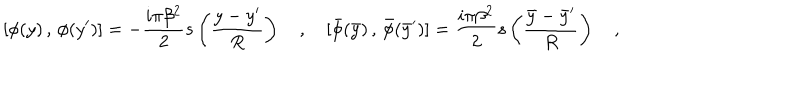
LaTeX: [ \phi ( y ) \, , \, \phi ( y ^ { \prime } ) ] = - { \frac { i \pi \beta ^ { 2 } } { 2 } } s \left( \frac { y - y ^ { \prime } } { R } \right) \quad , \quad [ \bar { \phi } ( \bar { y } ) \, , \, \bar { \phi } ( \bar { y } ^ { \prime } ) ] = { \frac { i \pi \beta ^ { 2 } } { 2 } } s \left( \frac { \bar { y } - \bar { y } ^ { \prime } } { R } \right) \quad ,